Document type: Grant
Year: 1403
Scribe: Berenguer Pedrosell
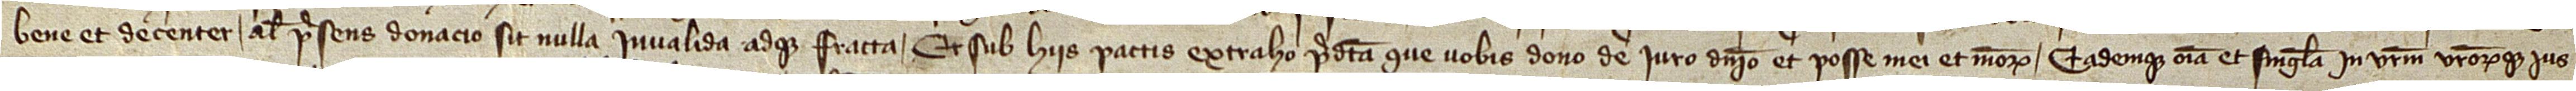
bene et decenter. Aliter presens donacio sit nulla, invalida adque fracta. Et sub hiis pactis extraho predicta que vobis dono de iure,  dominio et posse mei et meorum; eademque omnia et singula in vestrum vestrorumque ius,